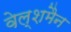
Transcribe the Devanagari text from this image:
वेल्शमैन